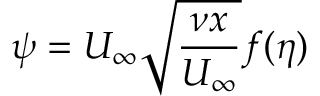
\psi = U _ { \infty } \sqrt { \frac { \nu x } { U _ { \infty } } } f ( \eta )